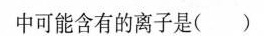
中可能含有的离子是()